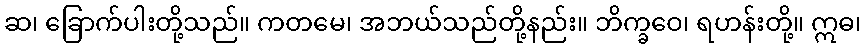
ဆ၊ ခြောက်ပါးတို့သည်။ ကတမေ၊ အဘယ်သည်တို့နည်း။ ဘိက္ခဝေ၊ ရဟန်းတို့။ ဣဓ၊